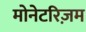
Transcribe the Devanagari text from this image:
मोनेटरिज़म